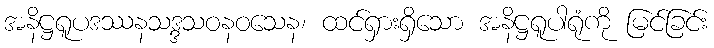
အနိဋ္ဌရူပဒဿနသဒ္ဒသဝနဝသေန၊ ထင်ရှားရှိသော အနိဋ္ဌရူပါရုံကို မြင်ခြင်း